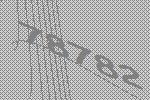
78782